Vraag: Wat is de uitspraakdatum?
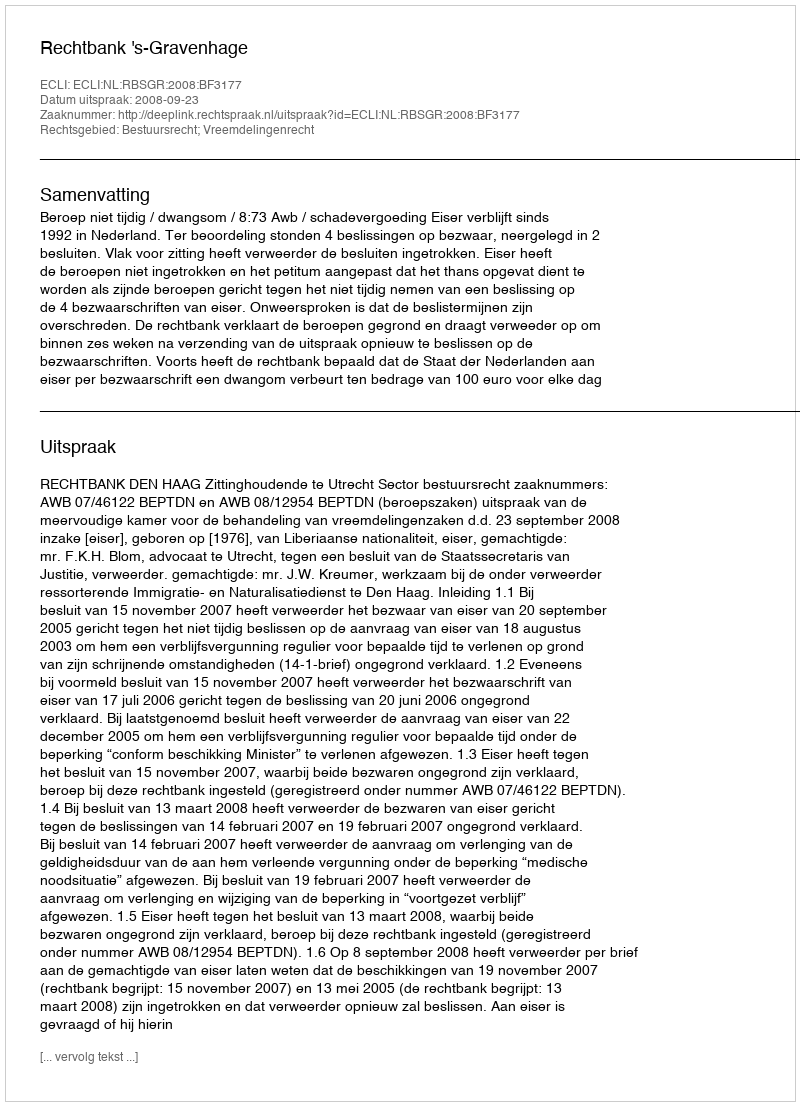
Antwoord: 2008-09-23